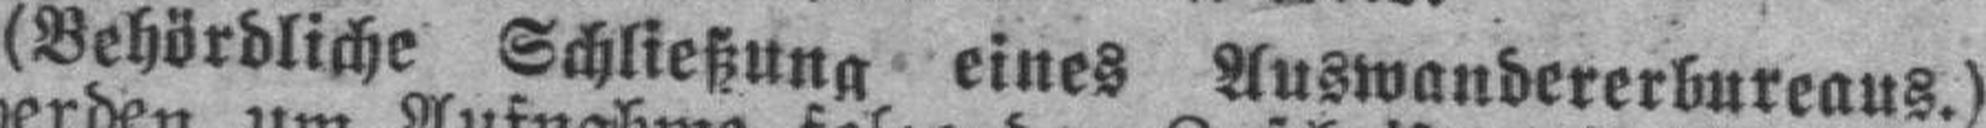
(Behördliche Schließung eines Auswandererbureaus.)